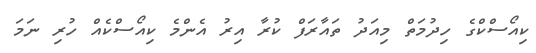
ކިއޯސްކްގެ ހިދުމަތް މިއަދު ތައާރަފް ކުރާ އިރު އެންމެ ކިއޯސްކެއް ހުރި ނަމަ